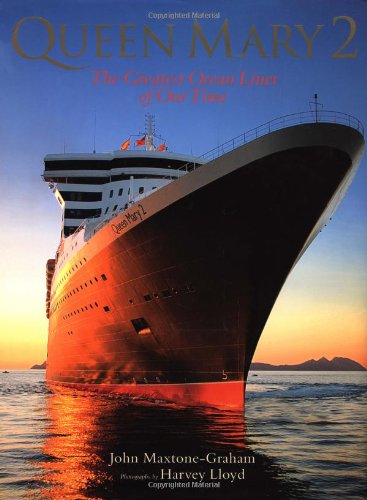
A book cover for Queen Mary 2: The Greatest Ocean Liner of Our Time; John Maxtone-Graham; Arts & Photography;